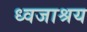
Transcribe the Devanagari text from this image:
ध्वजाश्रय